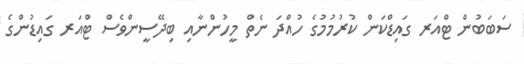
ސަބަބުން ޓްއަރ ގައިޑްކަން ކުރުމުމުގެ ހުއްދަ ނެތް މީހުންނާއި ބިދޭސީންވެސް ޓްއަރ ގައިޑުންގެ